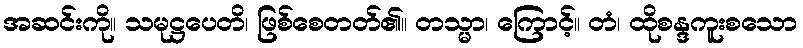
အဆင်းကို။ သမုဋ္ဌပေတိ၊ ဖြစ်စေတတ်၏။ တသ္မာ၊ ကြောင့်။ တံ၊ ထိုစန္ဒကူးစသော